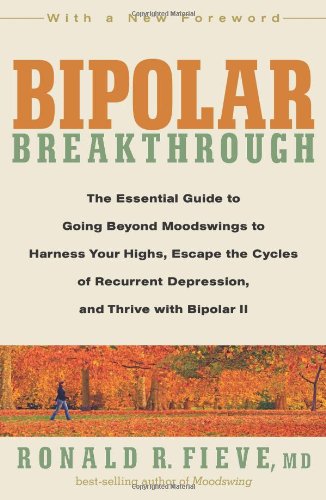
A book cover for Bipolar Breakthrough: The Essential Guide to Going Beyond Moodswings to Harness Your Highs, Escape the Cycles of Recurrent Depression, and Thrive with Bipolar II; Ronald R. Fieve; Health, Fitness & Dieting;